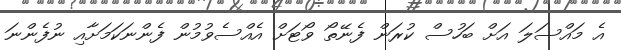
އެ މައްސަލަ އަށް ބަހުސް ކުރަން ފެނޭތޯ ވޯޓަށް އެއްސެވުމުން ފެންނަކަމަށާއި ނުފެންނަ